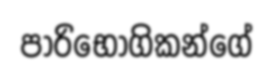
පාරිභෝගිකන්ගේ